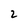
Character: 2